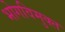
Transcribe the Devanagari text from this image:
भोगविमुक्त